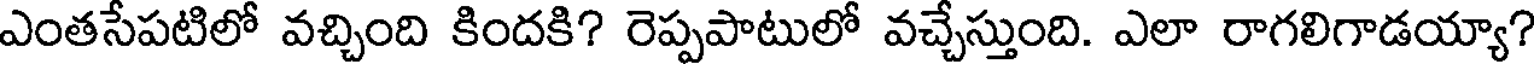
ఎంతసేపటిలో వచ్చింది కిందకి? రెప్పపాటులో వచ్చేస్తుంది. ఎలా రాగలిగాడయ్యా?